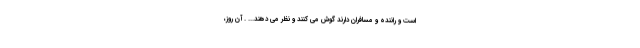
است و راننده و مسافران دارند گوش می کنند و نظر می دهند... . آن روز،